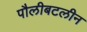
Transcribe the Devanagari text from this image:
पौलीबटलीन